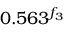
0 . 5 6 3 ^ { f _ { 3 } }